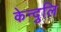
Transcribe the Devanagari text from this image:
केन्दुलि